Vaccination in the Punjab 1905-1918 - 1905-1918
Year: 1905
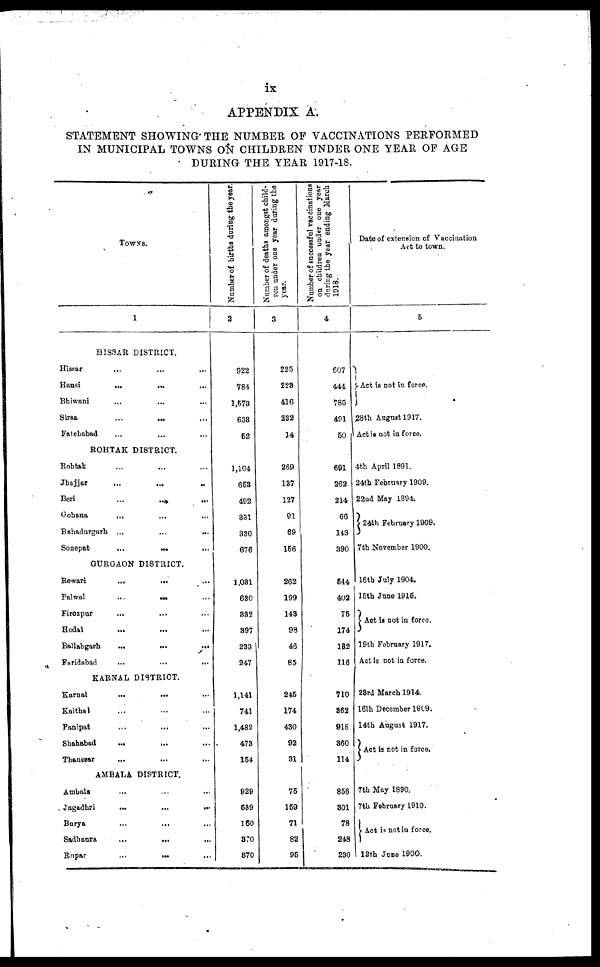
ix
APPENDIX A.
STATEMENT SHOWING THE NUMBER OF VACCINATIONS PERFORMED
IN MUNICIPAL TOWNS ON CHILDREN UNDER ONE YEAR OF AGE
DURING THE YEAR 1917-18.
TOWNS.
1
HISSAR DISTRICT.
Hissar ... ... ...
Hansi ...
...
...
Bhiwani ... ... ...
Sirsa
...
... ...
Fatehabad ... ... ...
ROHTAK DISTRICT.
Rohtak ... ... ...
Jhajjar
...
...
...
Beri ...
... ...
Gohana ... ... ...
Bahadurgurh ... ... ...
Sonepat
...
... ...
GURGAON DISTRICT.
Rewari
...
... ...
Palwal
...
... ...
Firozpur ... ... ...
Hodal ... ... ...
Ballabgarh
...
...
...
Faridabad ... ... ...
KARNAL DISTRICT.
Karnal
...
... ...
Kaithal ... ... ...
Panipat ... ... ...
Shahabad
...
... ...
Thanesar ... ... ...
AMBALA DISTRICT.
Ambala ... ... ...
Jagadhri
...
...
...
Burya ... ... ...
Sadhaura
...
... ...
Rupar
...
... ...
Number of births during the year.
2
922
784
1,573
638
52
1,104
653
402
331
330
676
1,031
630
392
397
233
247
1,141
741
1,482
473
154
929
539
160
370
370
Number of deaths amongst child-
ren under one year during the
year.
3
225
223
416
232
14
269
137
127
91
69
156
262
199
143
98
46
85
245
174
430
92
31
75
159
71
82
95
Number of successful vaccinations
on children under one year
during the year ending March
1918.
4
607
444
785
491
50
691
262
214
66
143
390
544
402
75
174
182
116
710
362
918
360
114
856
301
78
248
230
Date of extension of Vaccination
Act to town.
5
Act is not in force.
28th August 19l7.
Act is not in force.
4th April 1891.
24th February 1909.
22nd May 1894.
24th February 1909.
7th November 1900.
16th July 1904.
15th June 1915.
Act is not in force.
19th February 1917.
Act is not in force.
23rd March 1914.
161h December 1909.
14th August 1917.
Act is not in force.
7th May 1890.
7tb February 1910.
Act is not in force.
12th June 1900.